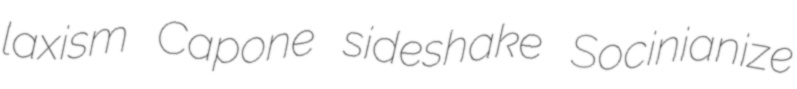
laxism Capone sideshake Socinianize